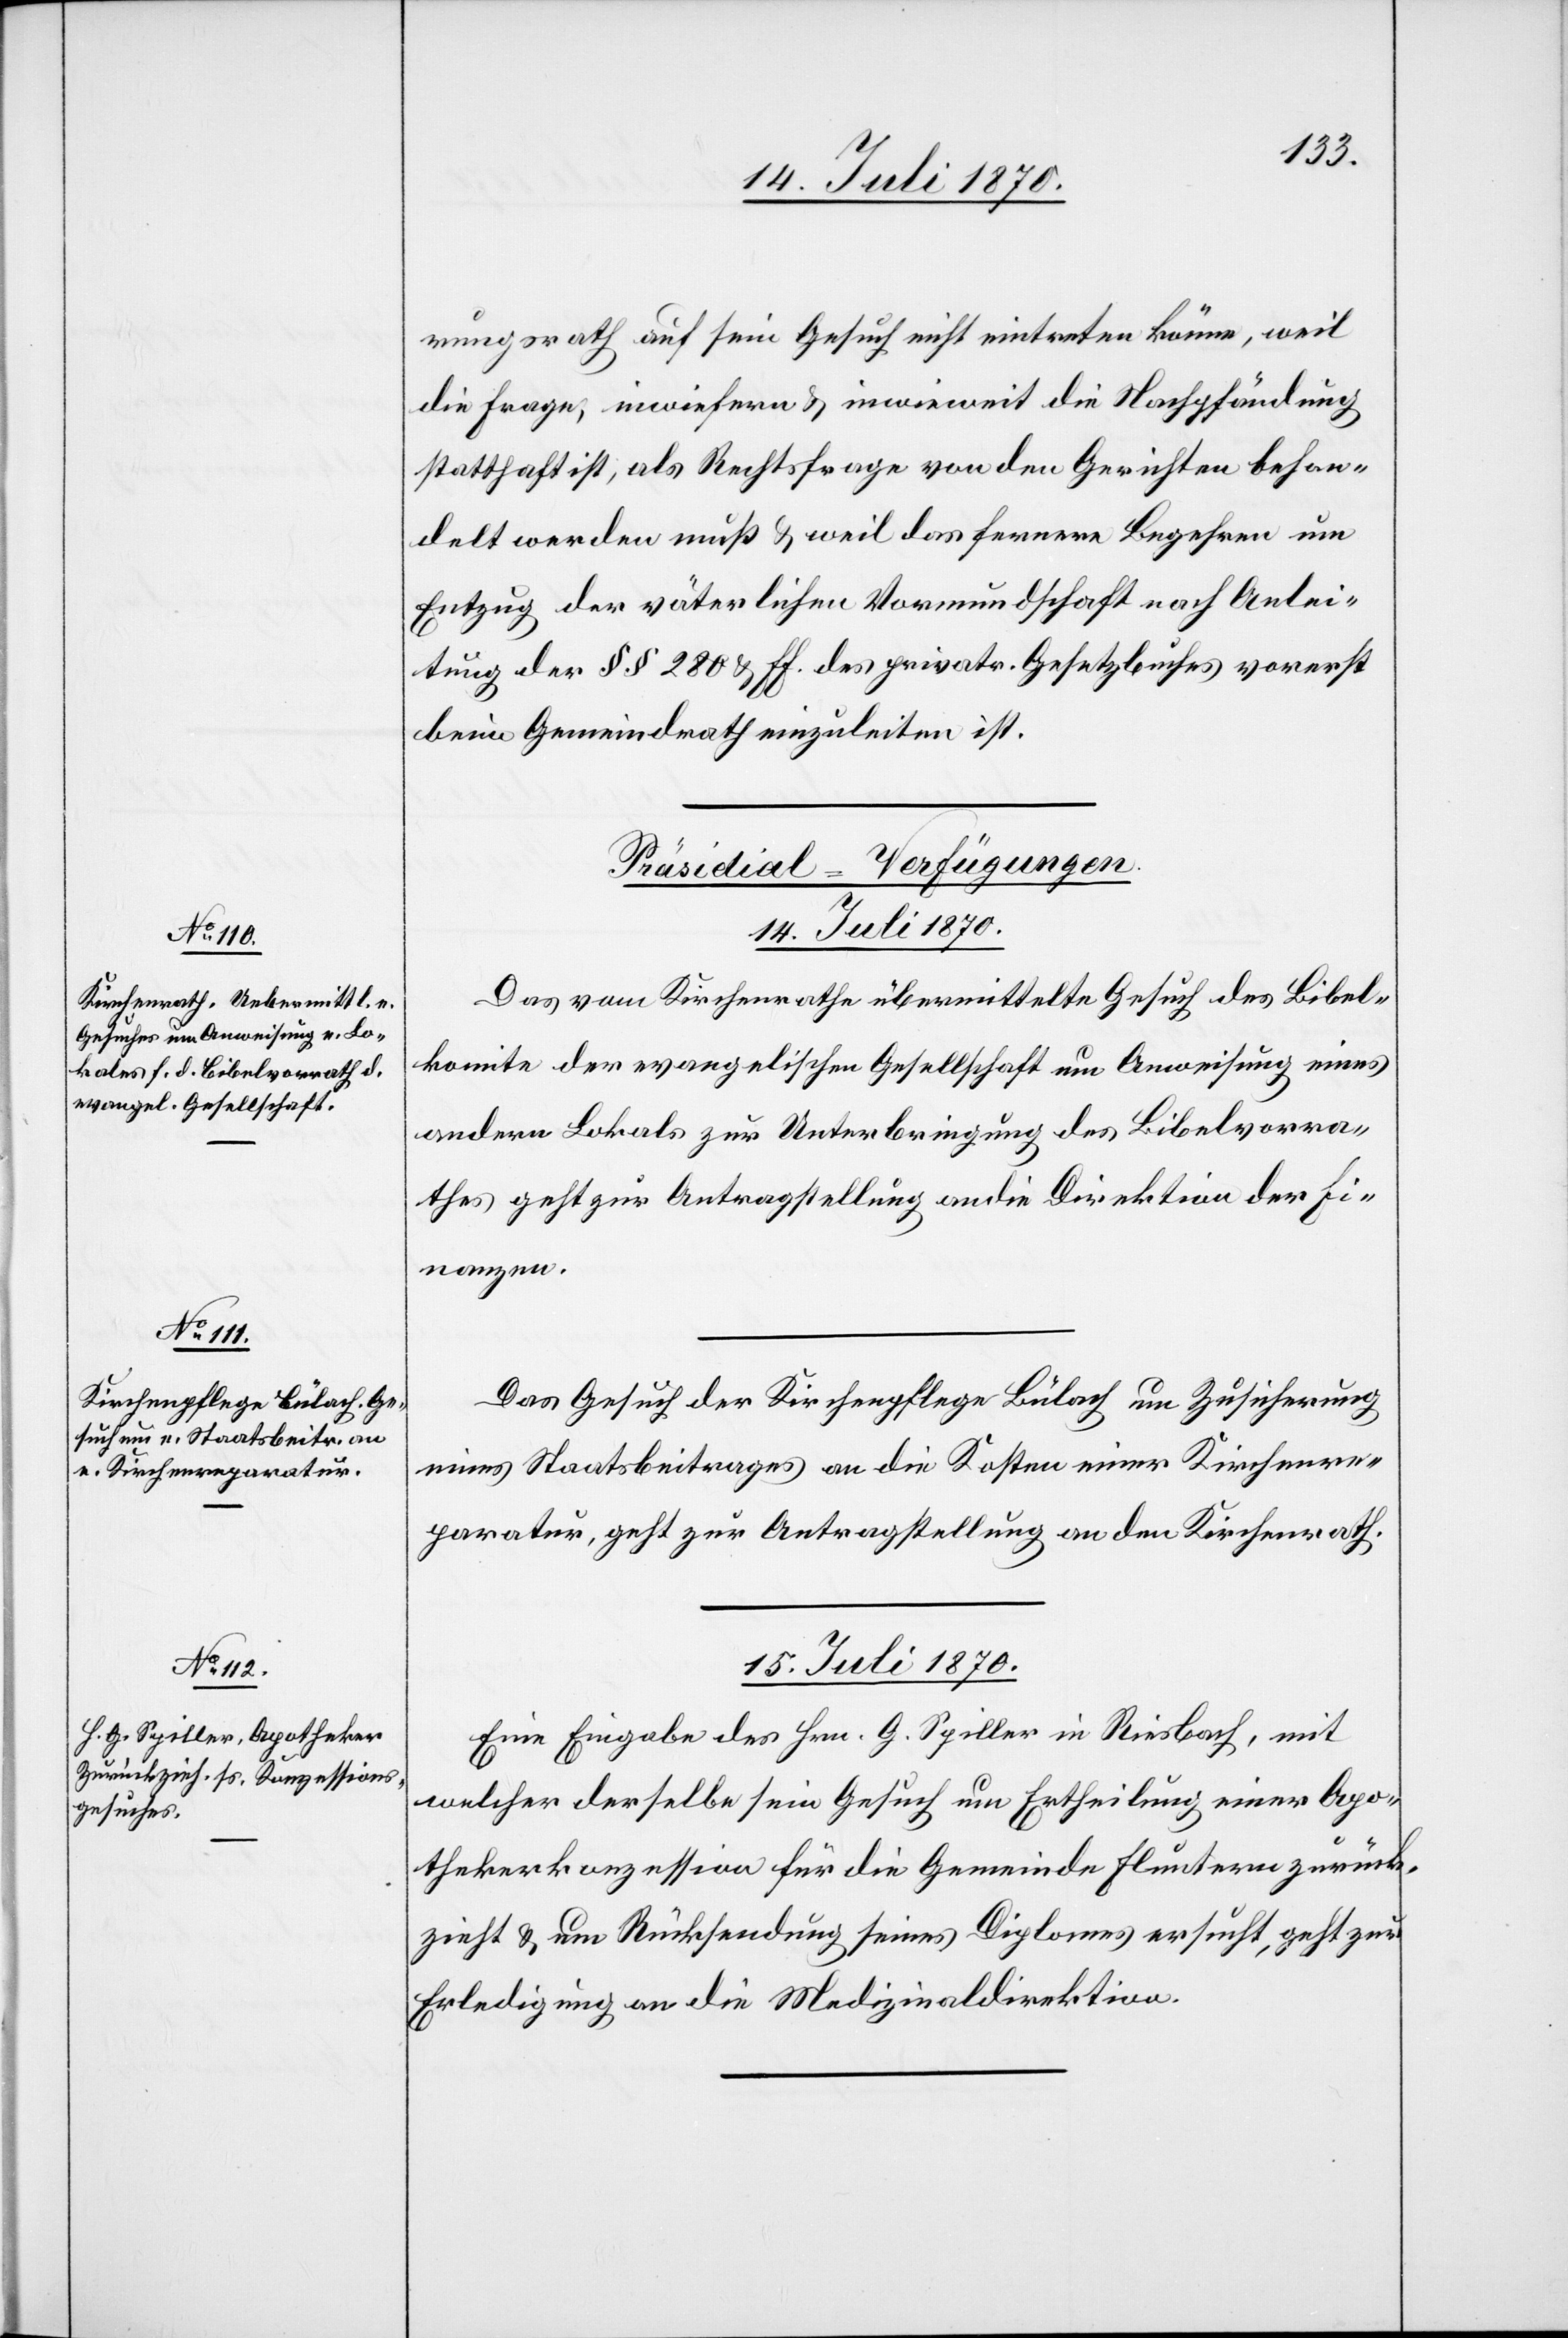
rungsrath auf sein Gesuch nicht eintreten könne, weil
die Frage, inwiefern & inwieweit die Nachpfändung
statthaft ist, als Rechtsfrage von den Gerichten behan¬
delt werden muß & weil das fernere Begehren um
Entzug der väterlichen Vormundschaft nach Anlei¬
tung der §§ 280 & ff. des privatr. Gesetzbuches vorerst
beim Gemeindrath einzuleiten ist.
[Präsidial-Verfügungen.]
14. Juli 1870.
Das vom Kirchenrathe übermittelte Gesuch des Bibel¬
komite der evangelischen Gesellschaft um Anweisung eines
andern Lokals zur Unterbringung des Bibelvorra¬
thes geht zur Antragstellung an die Direktion der Fi¬
nanzen.
Das Gesuch der Kirchenpflege Bülach um Zusicherung
eines Staatsbeitrages an die Kosten einer Kirchenre¬
paratur, geht zur Antragstellung an den Kirchenrath.
15. Juli 1870.
Eine Eingabe des Hrn. G. Spiller in Riesbach, mit
welcher derselbe sein Gesuch um Ertheilung einer Apo¬
thekerkonzession für die Gemeinde Fluntern zurück¬
zieht & um Rücksendung seines Diploms ersucht, geht zur
Erledigung an die Medizinaldirektion.